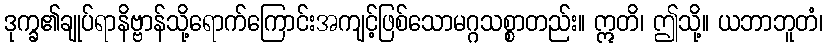
ဒုက္ခ၏ချုပ်ရာနိဗ္ဗာန်သို့ရောက်ကြောင်းအကျင့်ဖြစ်သောမဂ္ဂသစ္စာတည်း။ ဣတိ၊ ဤသို့။ ယဘာဘူတံ၊